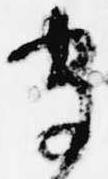
守